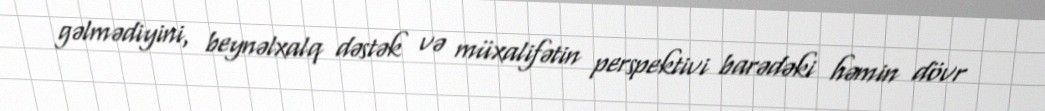
gəlmədiyini, beynəlxalq dəstək və müxalifətin perspektivi barədəki həmin dövr